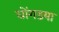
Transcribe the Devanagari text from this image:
घोंगडया